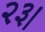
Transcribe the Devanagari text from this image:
२३।